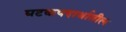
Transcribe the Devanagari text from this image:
घटकपदार्थातील